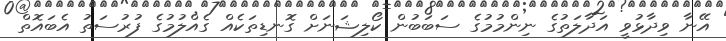
އޭނާ ވިދާޅުވީ އަދާލަތުގެ ނިންމުމުގެ ސަބަބުން ކޯލިޝަނަށް ގޮނޑިތަކެއް ގެއްލުމުގެ ފުރުސަތު އެބައޮތް